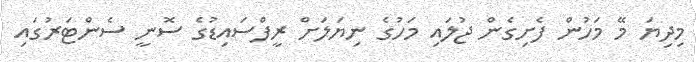
މިދިޔަ މޭ މަހުން ފެށިގެން ޖުލައި މަހުގެ ނިޔަލަށް ރީފްސައިޑުގެ ސޮނީ ސެންޓަރުގައި